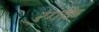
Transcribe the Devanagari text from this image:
रंगके